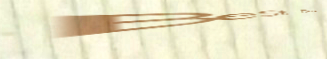
BeSt DeAl